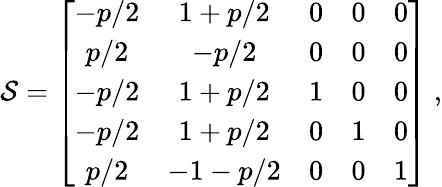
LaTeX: {\cal S}=\left[\begin{array}{ccccc}{-p/2}&{1+p/2}&{0}&{0}&{0}\\ {p/2}&{-p/2}&{0}&{0}&{0}\\ {-p/2}&{1+p/2}&{1}&{0}&{0}\\ {-p/2}&{1+p/2}&{0}&{1}&{0}\\ {p/2}&{-1-p/2}&{0}&{0}&{1}\end{array}\right]\ ,